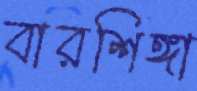
বারশিঙ্গা